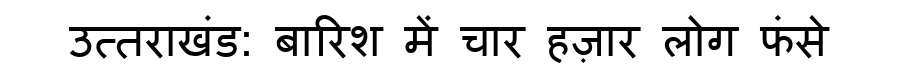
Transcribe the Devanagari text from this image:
उत्तराखंड: बारिश में चार हज़ार लोग फंसे